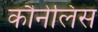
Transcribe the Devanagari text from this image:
कौनेलिस